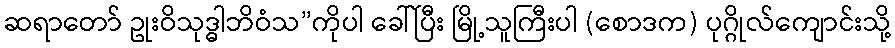
ဆရာတော် ဥုးဝိသုဒ္ဓါဘိဝံသ”ကိုပါ ခေါ်ပြီး မြို့သူကြီးပါ (စောဒက) ပုဂ္ဂိုလ်ကျောင်းသို့